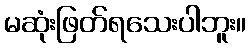
မဆုံးဖြတ်ရသေးပါဘူး။